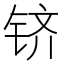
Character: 𬭉